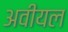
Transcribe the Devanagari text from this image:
अवीयल